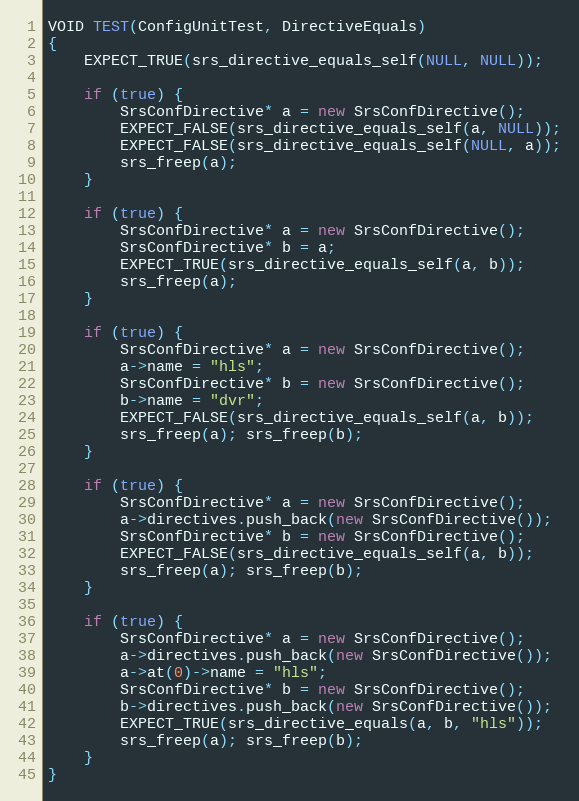
Language: C++
VOID TEST(ConfigUnitTest, DirectiveEquals)
{
    EXPECT_TRUE(srs_directive_equals_self(NULL, NULL));

    if (true) {
        SrsConfDirective* a = new SrsConfDirective();
        EXPECT_FALSE(srs_directive_equals_self(a, NULL));
        EXPECT_FALSE(srs_directive_equals_self(NULL, a));
        srs_freep(a);
    }

    if (true) {
        SrsConfDirective* a = new SrsConfDirective();
        SrsConfDirective* b = a;
        EXPECT_TRUE(srs_directive_equals_self(a, b));
        srs_freep(a);
    }

    if (true) {
        SrsConfDirective* a = new SrsConfDirective();
        a->name = "hls";
        SrsConfDirective* b = new SrsConfDirective();
        b->name = "dvr";
        EXPECT_FALSE(srs_directive_equals_self(a, b));
        srs_freep(a); srs_freep(b);
    }

    if (true) {
        SrsConfDirective* a = new SrsConfDirective();
        a->directives.push_back(new SrsConfDirective());
        SrsConfDirective* b = new SrsConfDirective();
        EXPECT_FALSE(srs_directive_equals_self(a, b));
        srs_freep(a); srs_freep(b);
    }

    if (true) {
        SrsConfDirective* a = new SrsConfDirective();
        a->directives.push_back(new SrsConfDirective());
        a->at(0)->name = "hls";
        SrsConfDirective* b = new SrsConfDirective();
        b->directives.push_back(new SrsConfDirective());
        EXPECT_TRUE(srs_directive_equals(a, b, "hls"));
        srs_freep(a); srs_freep(b);
    }
}